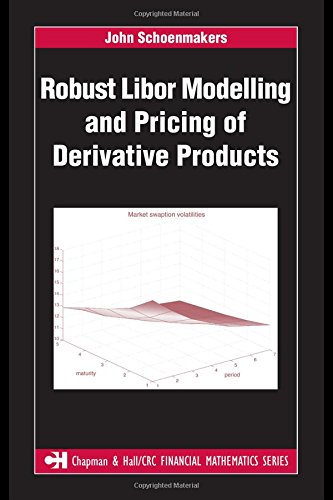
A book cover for Robust Libor Modelling and Pricing of Derivative Products (Chapman and Hall/CRC Financial Mathematics Series); John Schoenmakers; Business & Money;